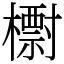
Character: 㯹